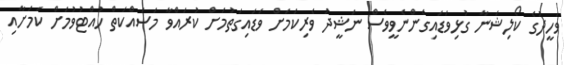
ވަހީދުގެ ކޯލިޝަނާ ގުޅިވަޑައިގެންނެވީވެސް ނަޝީދު ވެރިކަމަށް ވަޑައިގަތުމަށް ކުރައްވާ މަސައްކަތް ހުއްޓުވުމަށް ކަމަށާއި